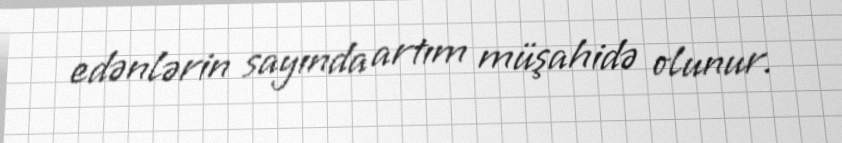
edənlərin sayında artım müşahidə olunur.